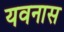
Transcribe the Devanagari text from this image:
यवनास